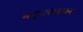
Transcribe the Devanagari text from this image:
मयूरासनावर